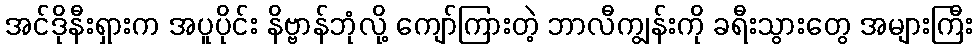
အင်ဒိုနီးရှားက အပူပိုင်း နိဗ္ဗာန်ဘုံလို့ ကျော်ကြားတဲ့ ဘာလီကျွန်းကို ခရီးသွားတွေ အများကြီး